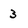
Character: 3